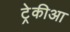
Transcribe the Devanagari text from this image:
ट्रेकीआ